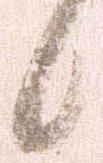
候